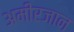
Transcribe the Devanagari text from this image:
अमीरजान